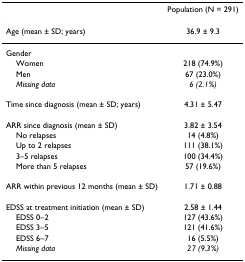
<table><thead><tr><td></td><td><b>Population (N = 291)</b></td></tr></thead><tbody><tr><td>Age (mean ± SD; years)</td><td>36.9 ± 9.3</td></tr><tr><td>Gender</td><td></td></tr><tr><td> Women</td><td>218 (74.9%)</td></tr><tr><td> Men</td><td>67 (23.0%)</td></tr><tr><td> <i>Missing data</i></td><td><i>6 (2.1%)</i></td></tr><tr><td>Time since diagnosis (mean ± SD; years)</td><td>4.31 ± 5.47</td></tr><tr><td>ARR since diagnosis (mean ± SD)</td><td>3.82 ± 3.54</td></tr><tr><td> No relapses</td><td>14 (4.8%)</td></tr><tr><td> Up to 2 relapses</td><td>111 (38.1%)</td></tr><tr><td> 3–5 relapses</td><td>100 (34.4%)</td></tr><tr><td> More than 5 relapses</td><td>57 (19.6%)</td></tr><tr><td>ARR within previous 12 months (mean ± SD)</td><td>1.71 ± 0.88</td></tr><tr><td>EDSS at treatment initiation (mean ± SD)</td><td>2.58 ± 1.44</td></tr><tr><td> EDSS 0–2</td><td>127 (43.6%)</td></tr><tr><td> EDSS 3–5</td><td>121 (41.6%)</td></tr><tr><td> EDSS 6–7</td><td>16 (5.5%)</td></tr><tr><td> <i>Missing data</i></td><td><i>27 (9.3%)</i></td></tr></tbody></table>